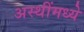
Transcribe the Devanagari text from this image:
अस्थींमध्ये